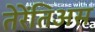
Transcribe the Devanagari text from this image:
तेरेंतिअस